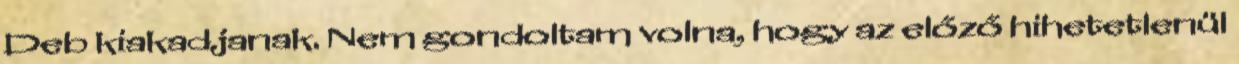
Deb kiakadjanak. Nem gondoltam volna, hogy az előző hihetetlenül